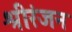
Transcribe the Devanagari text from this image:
श्रीरंजन